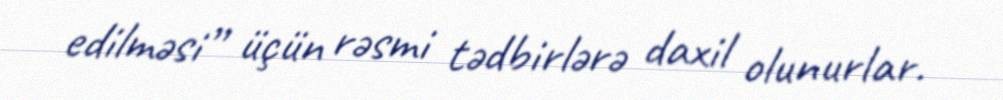
edilməsi” üçün rəsmi tədbirlərə daxil olunurlar.